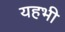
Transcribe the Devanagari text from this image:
यहभी